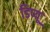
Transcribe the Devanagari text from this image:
डिप्यू